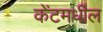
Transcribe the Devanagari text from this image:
केंटमधील